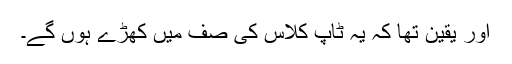
اور یقین تھا کہ یہ ٹاپ کلاس کی صف میں کھڑے ہوں گے۔